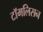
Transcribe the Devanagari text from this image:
टॉमलिसन